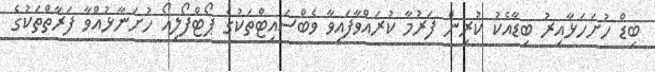
ބިޑް ހުށަހަޅާއިރު ބިޑާއެކު ކުރިން ފަރުމާ ކުރައްވާފައިވާ ވެބްސައިޓްތަކުގެ ޕޯޓްފޯލިއޯ ހުށަނާޅުއްވާ ފަރާތްތަކުގެ